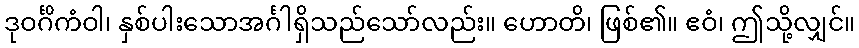
ဒုဝင်္ဂိကံဝါ၊ နှစ်ပါးသောအင်္ဂါရှိသည်သော်လည်း။ ဟောတိ၊ ဖြစ်၏။ ဧဝံ၊ ဤသို့လျှင်။